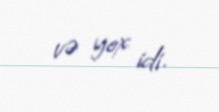
və yox idi.